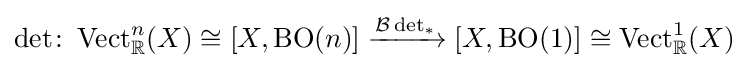
\det \colon \operatorname {Vect} _{\mathbb {R} }^{n}(X)\cong [X,\operatorname {BO} (n)]\xrightarrow {{\mathcal {B}}\det _{*}} [X,\operatorname {BO} (1)]\cong \operatorname {Vect} _{\mathbb {R} }^{1}(X)